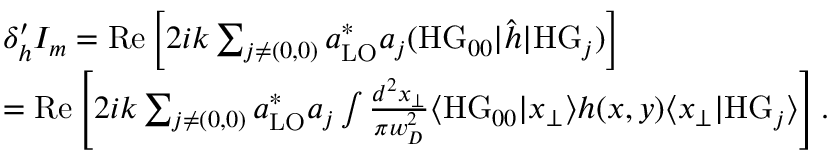
\begin{array} { r l } & { \delta _ { h } ^ { \prime } I _ { m } = \mathrm { R e } \left[ 2 i k \sum _ { j \neq ( 0 , 0 ) } a _ { \mathrm { L O } } ^ { * } a _ { j } ( \mathrm { H G } _ { 0 0 } | \hat { h } | \mathrm { H G } _ { j } ) \right] } \\ & { = \mathrm { R e } \left[ 2 i k \sum _ { j \neq ( 0 , 0 ) } a _ { \mathrm { L O } } ^ { * } a _ { j } \int \frac { d ^ { 2 } x _ { \perp } } { \pi w _ { D } ^ { 2 } } \langle \mathrm { H G } _ { 0 0 } | x _ { \perp } \rangle h ( x , y ) \langle x _ { \perp } | \mathrm { H G } _ { j } \rangle \right] . } \end{array}